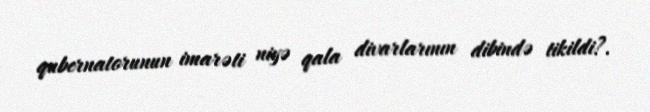
qubernatorunun imarəti niyə qala divarlarının dibində tikildi?.